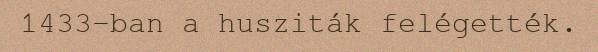
1433-ban a husziták felégették.